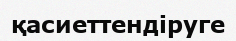
қасиеттендіруге